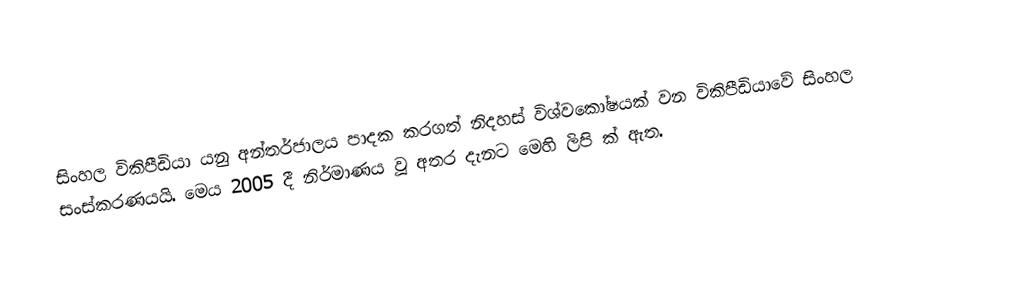
සිංහල විකිපීඩියා යනු අන්තර්ජාලය පාදක කරගත් නිදහස් විශ්වකෝෂයක් වන විකිපීඩියාවේ සිංහල සංස්කරණයයි. මෙය 2005 දී නිර්මාණය වූ අතර දැනට මෙහි ලිපි  ක් ඇත.